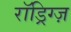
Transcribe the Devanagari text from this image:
रॉड्रिग्ज़